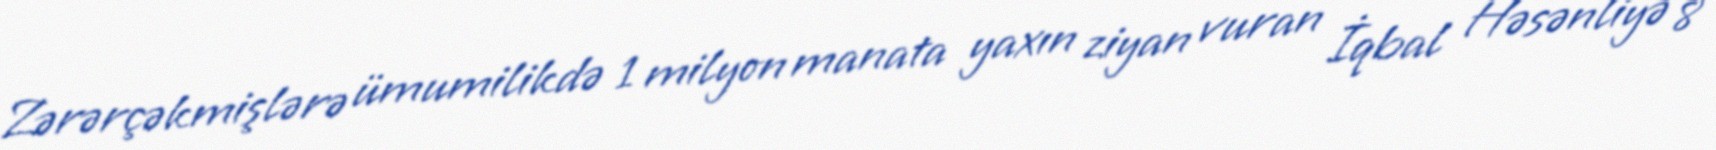
Zərərçəkmişlərə ümumilikdə 1 milyon manata yaxın ziyan vuran İqbal Həsənliyə 8